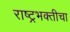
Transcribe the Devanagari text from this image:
राष्ट्रभक्तीचा